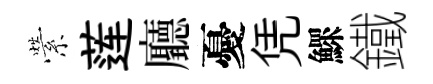
縈莲廳憂凭鰥鐵